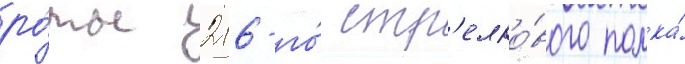
ро́ты 216-го́ стр'елко́вого полка́